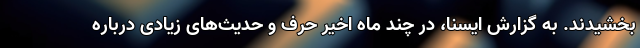
بخشیدند. به گزارش ایسنا، در چند ماه اخیر حرف و حدیث‌های زیادی درباره